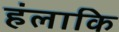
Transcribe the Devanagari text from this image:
हंलाकि